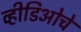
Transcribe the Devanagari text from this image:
व्हीडिओचे